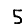
Digit: 5